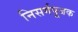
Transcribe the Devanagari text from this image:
निसर्गपूजक